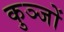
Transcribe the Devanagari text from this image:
कुञ्जों